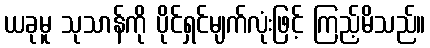
ယခုမူ သုသာန်ကို ပိုင်ရှင်မျက်လုံးဖြင့် ကြည့်မိသည်။